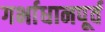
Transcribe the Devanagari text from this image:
गर्भाधानपूर्व